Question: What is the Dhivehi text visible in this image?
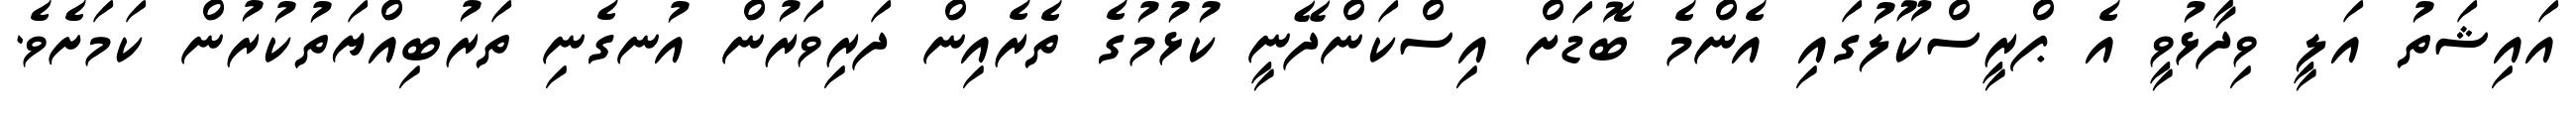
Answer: އައިޝަތު އަލީ ވިދާޅުވީ އެ ޕްރީސްކޫލުގައި އެންމެ ބޮޑަށް އިސްކަންދޭނީ ކުޅުމުގެ ތެރެއިން ދަރިވަރުން އުނގެނި ތަރުބިއްޔަތުކުރުން ކަމަށެވެ.